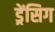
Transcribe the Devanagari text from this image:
ड्रेंसिग